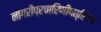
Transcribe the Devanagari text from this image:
नागरीप्रचारिणीपत्रिका